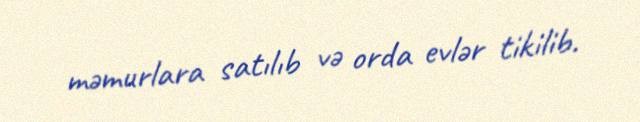
məmurlara satılıb və orda evlər tikilib.